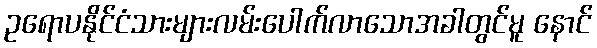
ဥရောပနိုင်ငံသားများလမ်းပေါက်လာသောအခါတွင်မူ နောင်